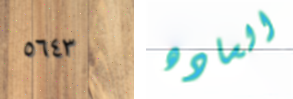
٥٦٤٣ الساده